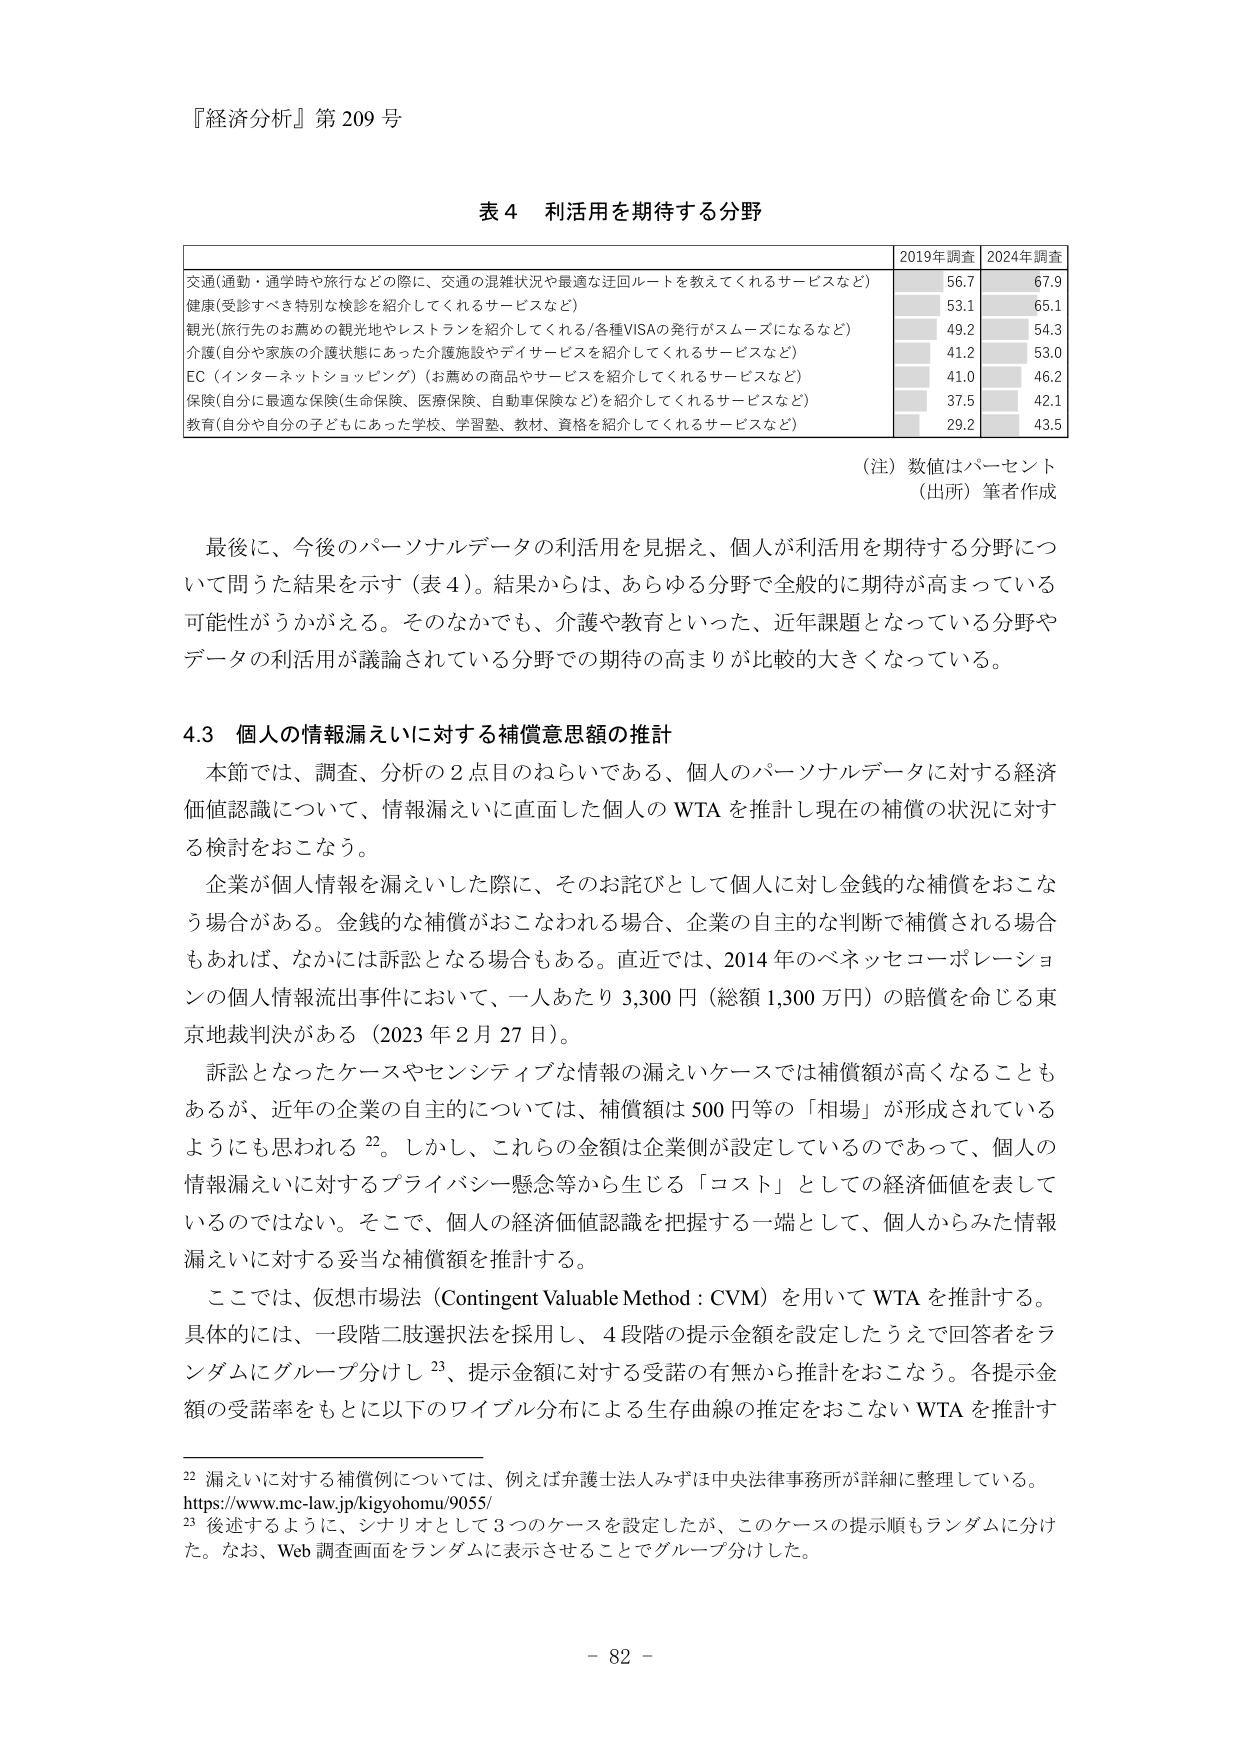
『経済分析』第 209 号

表 4 利活用を期待する分野

| | 2019年調査 | 2024年調査 |
|---|---|---|
| 交通(通勤・通学時や旅行などの際に、交通の混雑状況や最適な迂回ルートを教えてくれるサービスなど) | 56.7 | 67.9 |
| 健康(受診すべき特別な検診を紹介してくれるサービスなど) | 53.1 | 65.1 |
| 観光(旅行先のお薦めの観光地やレストランを紹介してくれる/各種VISAの発行がスムーズになるなど) | 49.2 | 54.3 |
| 介護(自分や家族の介護状態にあった介護施設やデイサービスを紹介してくれるサービスなど) | 41.2 | 53.0 |
| EC（インターネットショッピング）(お薦めの商品やサービスを紹介してくれるサービスなど) | 41.0 | 46.2 |
| 保険(自分に最適な保険(生命保険、医療保険、自動車保険など)を紹介してくれるサービスなど) | 37.5 | 42.1 |
| 教育(自分や自分の子どもにあった学校、学習塾、教材、資格を紹介してくれるサービスなど) | 29.2 | 43.5 |

（注）数値はパーセント
（出所）筆者作成

最後に、今後のパーソナルデータの利活用を見据え、個人が利活用を期待する分野について問うた結果を示す（表 4）。結果からは、あらゆる分野で全般的に期待が高まっている可能性がうかがえる。そのなかでも、介護や教育といった、近年課題となっている分野やデータの利活用が議論されている分野での期待の高まりが比較的大きくなっている。

4.3 個人の情報漏えいに対する補償意思額の推計

本節では、調査、分析の 2 点目のねらいである、個人のパーソナルデータに対する経済価値認識について、情報漏えいに直面した個人の WTA を推計し現在の補償の状況に対する検討をおこなう。

企業が個人情報を漏えいした際に、そのお詫びとして個人に対し金銭的な補償をおこなう場合がある。金銭的な補償がおこなわれる場合、企業の自主的な判断で補償される場合もあれば、なかには訴訟となる場合もある。直近では、2014 年のベネッセコーポレーションの個人情報流出事件において、一人あたり 3,300 円（総額 1,300 万円）の賠償を命じる東京地裁判決がある（2023 年 2 月 27 日）。

訴訟となったケースやセンシティブな情報の漏えいケースでは補償額が高くなることもあるが、近年の企業の自主的については、補償額は 500 円等の「相場」が形成されているようにも思われる 22。しかし、これらの金額は企業側が設定しているのであって、個人の情報漏えいに対するプライバシー懸念等から生じる「コスト」としての経済価値を表しているのではない。そこで、個人の経済価値認識を把握する一端として、個人からみた情報漏えいに対する妥当な補償額を推計する。

ここでは、仮想市場法（Contingent Valuable Method : CVM）を用いて WTA を推計する。具体的には、一段階二肢選択法を採用し、4 段階の提示金額を設定したうえで回答者をランダムにグループ分けし 23、提示金額に対する受諾の有無から推計をおこなう。各提示金額の受諾率をもとに以下のワイプル分布による生存曲線の推定をおこない WTA を推計す

22 漏えいに対する補償例については、例えば弁護士法人みずほ中央法律事務所が詳細に整理している。
https://www.mc-law.jp/kigyohomu/9055/
23 後述するように、シナリオとして 3 つのケースを設定したが、このケースの提示順もランダムに分けた。なお、Web 調査画面をランダムに表示させることでグループ分けした。

- 82 -